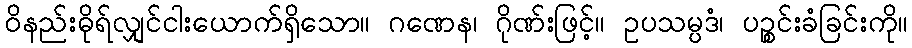
ဝိနည်းဓိုရ်လျှင်ငါးယောက်ရှိသော။ ဂဏေန၊ ဂိုဏ်းဖြင့်။ ဥပသမ္ပဒံ၊ ပဉ္စင်းခံခြင်းကို။